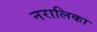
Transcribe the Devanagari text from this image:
नरालिका